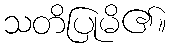
သတိပြုမိ၏။